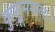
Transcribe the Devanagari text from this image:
कुसुममाला।